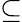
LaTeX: \subseteq